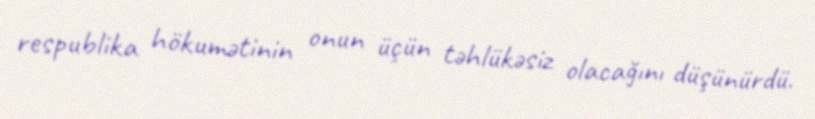
respublika hökumətinin onun üçün təhlükəsiz olacağını düşünürdü.